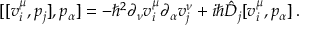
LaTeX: [ [ v _ { i } ^ { \mu } , p _ { j } ] , p _ { \alpha } ] = - \hbar ^ { 2 } \partial _ { \nu } v _ { i } ^ { \mu } \partial _ { \alpha } v _ { j } ^ { \nu } + i \hbar \hat { D } _ { j } [ v _ { i } ^ { \mu } , p _ { \alpha } ] \, .